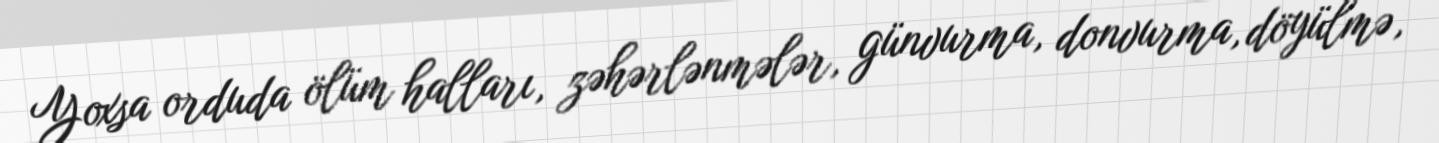
Yoxsa orduda ölüm halları, zəhərlənmələr, günvurma, donvurma, döyülmə,